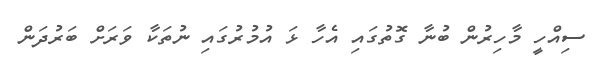
ސިއްހީ މާހިރުން ބުނާ ގޮތުގައި އެހާ ޅަ އުމުރުގައި ނުތަކާ ވަރަށް ބަރުދަން